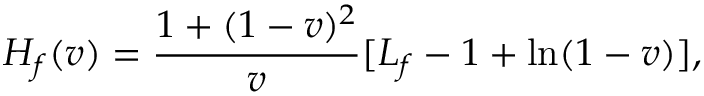
H _ { f } ( v ) = \frac { 1 + ( 1 - v ) ^ { 2 } } { v } [ L _ { f } - 1 + \ln ( 1 - v ) ] ,